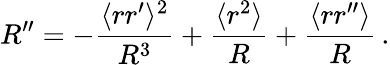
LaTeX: R^{\prime\prime}=-\frac{\langle rr^{\prime}\rangle^{2}}{R^{3}}+\frac{\langle r^{2}\rangle}{R}+\frac{\langle rr^{\prime\prime}\rangle}{R}\, .